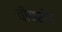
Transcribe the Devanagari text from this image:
वीयरहेड